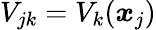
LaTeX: V_{jk}=V_{k}(\boldsymbol{x}_{j})